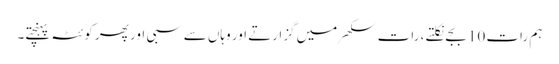
ہم رات 10 بجے نکلتے ، رات سکھر میں گزارتے اور وہاں سے سبی اور پھر کوئٹہ پہنچتے۔